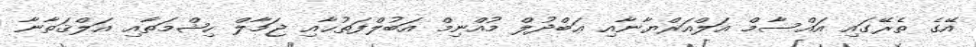
އޭގެ ތެރޭގައި އައްސާމް އަލްއަރްޔާނާއި ޢަބްދުލް މުއްނިމް އަބުލްފަތުޙާއި ޖަމާލް ހިޝްމަތާއި އަލްޤަތާނާ